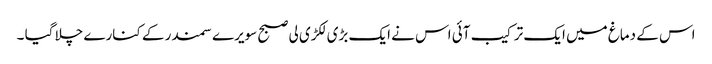
اس کے دماغ میں ایک ترکیب آئی اس نے ایک بڑی لکڑی لی صبح سویرے سمندر کے کنارے چلا گیا ۔